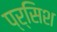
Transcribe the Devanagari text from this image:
प्र्सिश